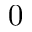
0